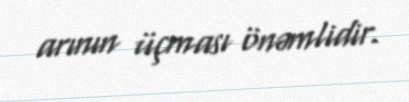
arının üçması önəmlidir.